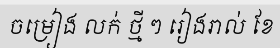
ចម្រៀង លក់ ថ្មី ៗ រៀងរាល់ ខែ